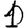
Digit: 1